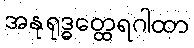
အနုရုဒ္ဓတ္ထေရဂါထာ